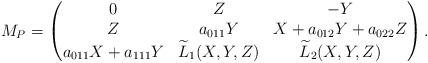
LaTeX: \begin{align*}M_P = \begin{pmatrix}0 & Z & -Y \\Z & a_{011}Y & X + a_{012}Y + a_{022} Z \\a_{011}X + a_{111}Y & \widetilde{L}_1(X, Y, Z) & \widetilde{L}_2(X, Y, Z)\end{pmatrix}.\end{align*}